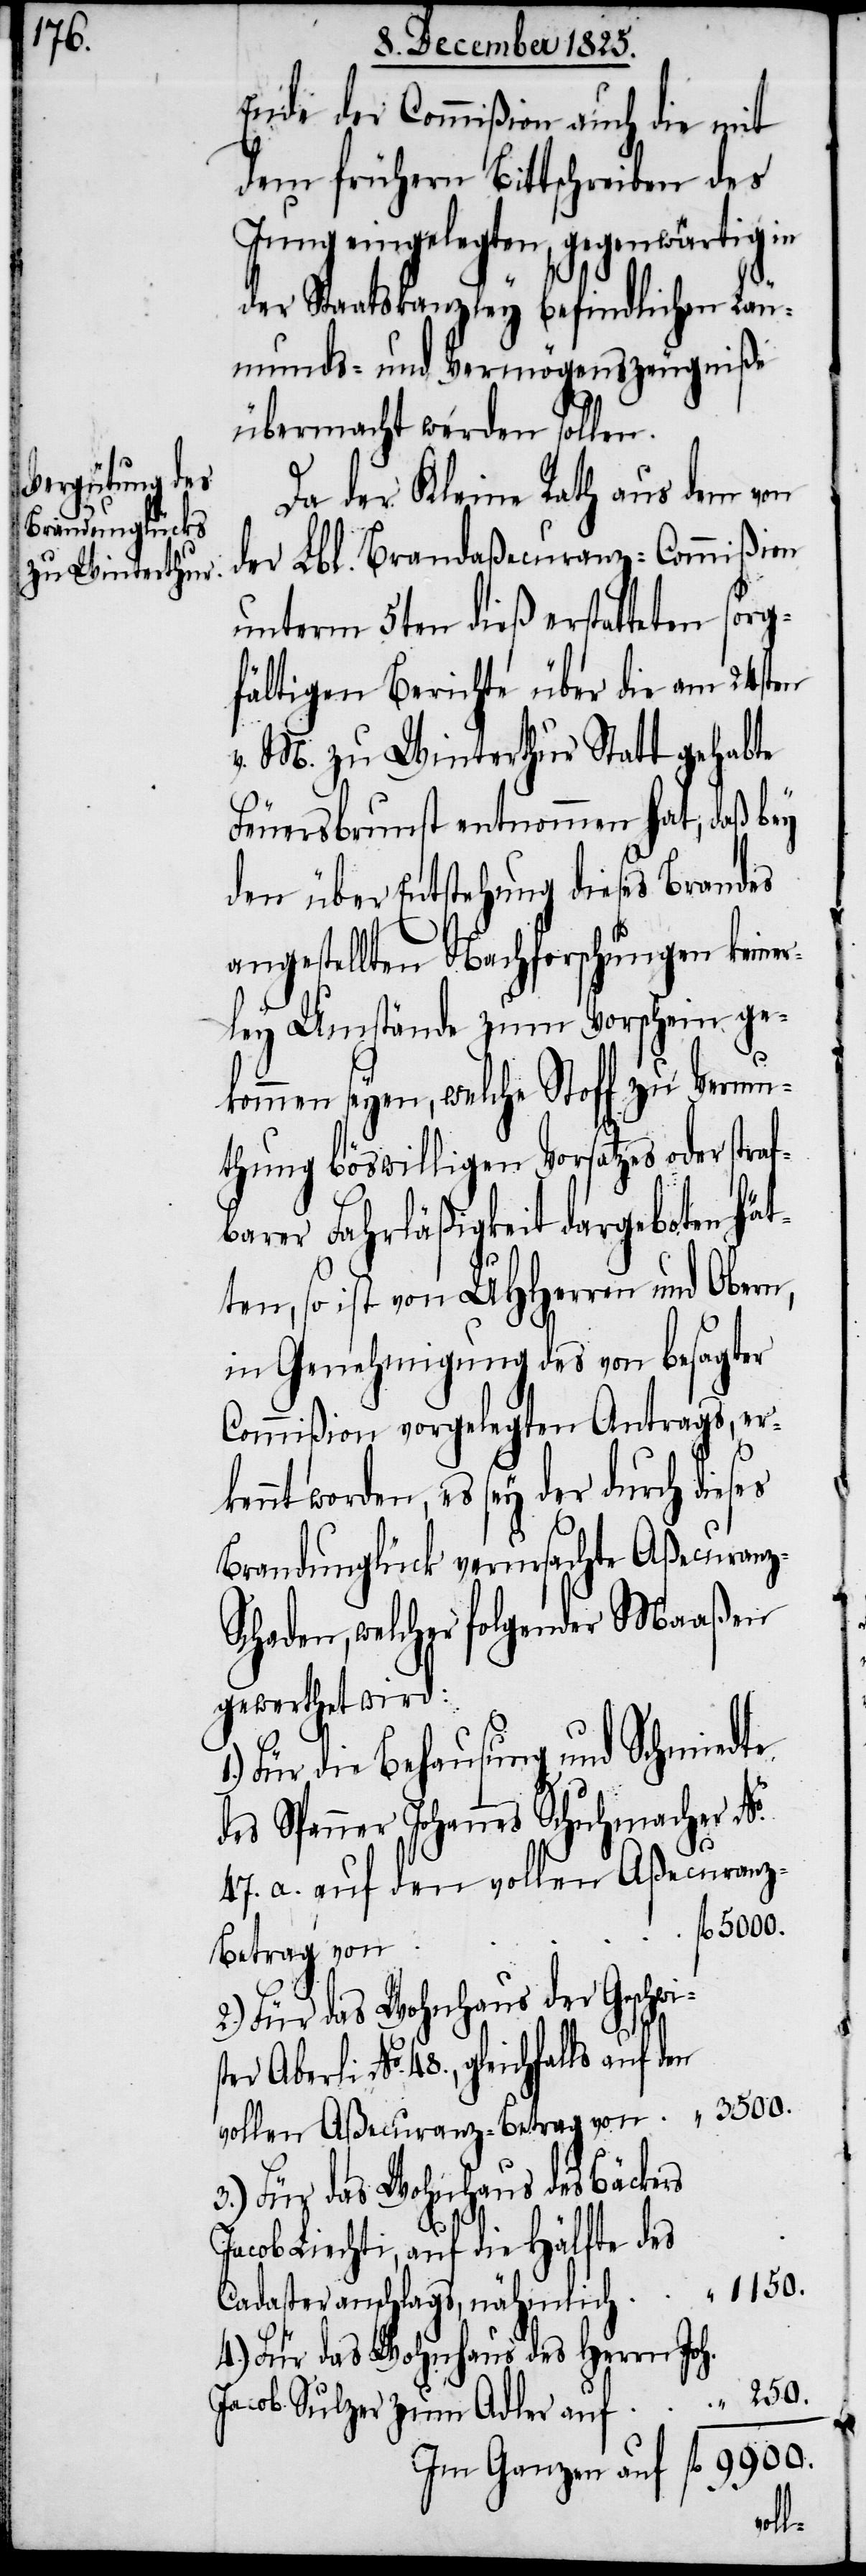
Ende der Commißion auch die mit
dem frühern Bittschreiben des
Jung eingelegten, gegenwärtig in
der Staatskanzley befindlichen Leu¬
munds- und Vermögenszeugniße
übermacht werden sollen.
Da der Kleine Rath aus dem von
der Lbl. Brandaßecuranz-Commißion
unterm 5ten dieß erstatten sorg¬
fältigen Berichte über die am 24sten
v. M. zu Winterthur Statt gehabte
Feuersbrunst entnommen hat, daß bey
den über Entstehung dieses Brandes
angestellten Nachforschungen keine¬
rley Umstände zum Vorschein ge¬
kommen seyen, welche Stoff zu Vermu¬
thung böswilligen Vorsatzes oder straf¬
barer Fahrläßigkeit dargeboten hät¬
ten, so ist von UHHerren und Ober¬
in Genehmigung des von besagter
Commißion vorgelegten Antrags, er¬
kennt worden, es sey der durch dieses
Brandunglück verursachte Aßecuran¬
chaden, welcher folgender Maaßen
gewerthet wird:
Für die Behausung und Schmidte
des Spanner Johannes Schuhmacher No.
47. a. auf den vollen Aßecuranz¬
betrag von
2.) Für das Wohnhaus der Geschwi¬
250.
vollen Aßecuranz-Betrag von
3.) Für das Wohnhaus des Bäckers
“
Jacob Liechti, auf die Hälfte des
1150.
Cadasteranschlags, nähmlich
4.) Für das Wohnhaus des Herrn Joh.
Jacob Sulzer zum Adler auf
Im Ganzen auf
fl.